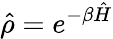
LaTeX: \hat{\rho}=e^{-\beta\hat{H}}